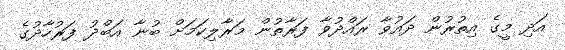
އަދި މީގެ އިތުރުން ދައުވާ ރައްދުވާ ފަރާތުން މަރާލިކަމަށް ބުނާ އަބްދު ފަރުހާދުގެ